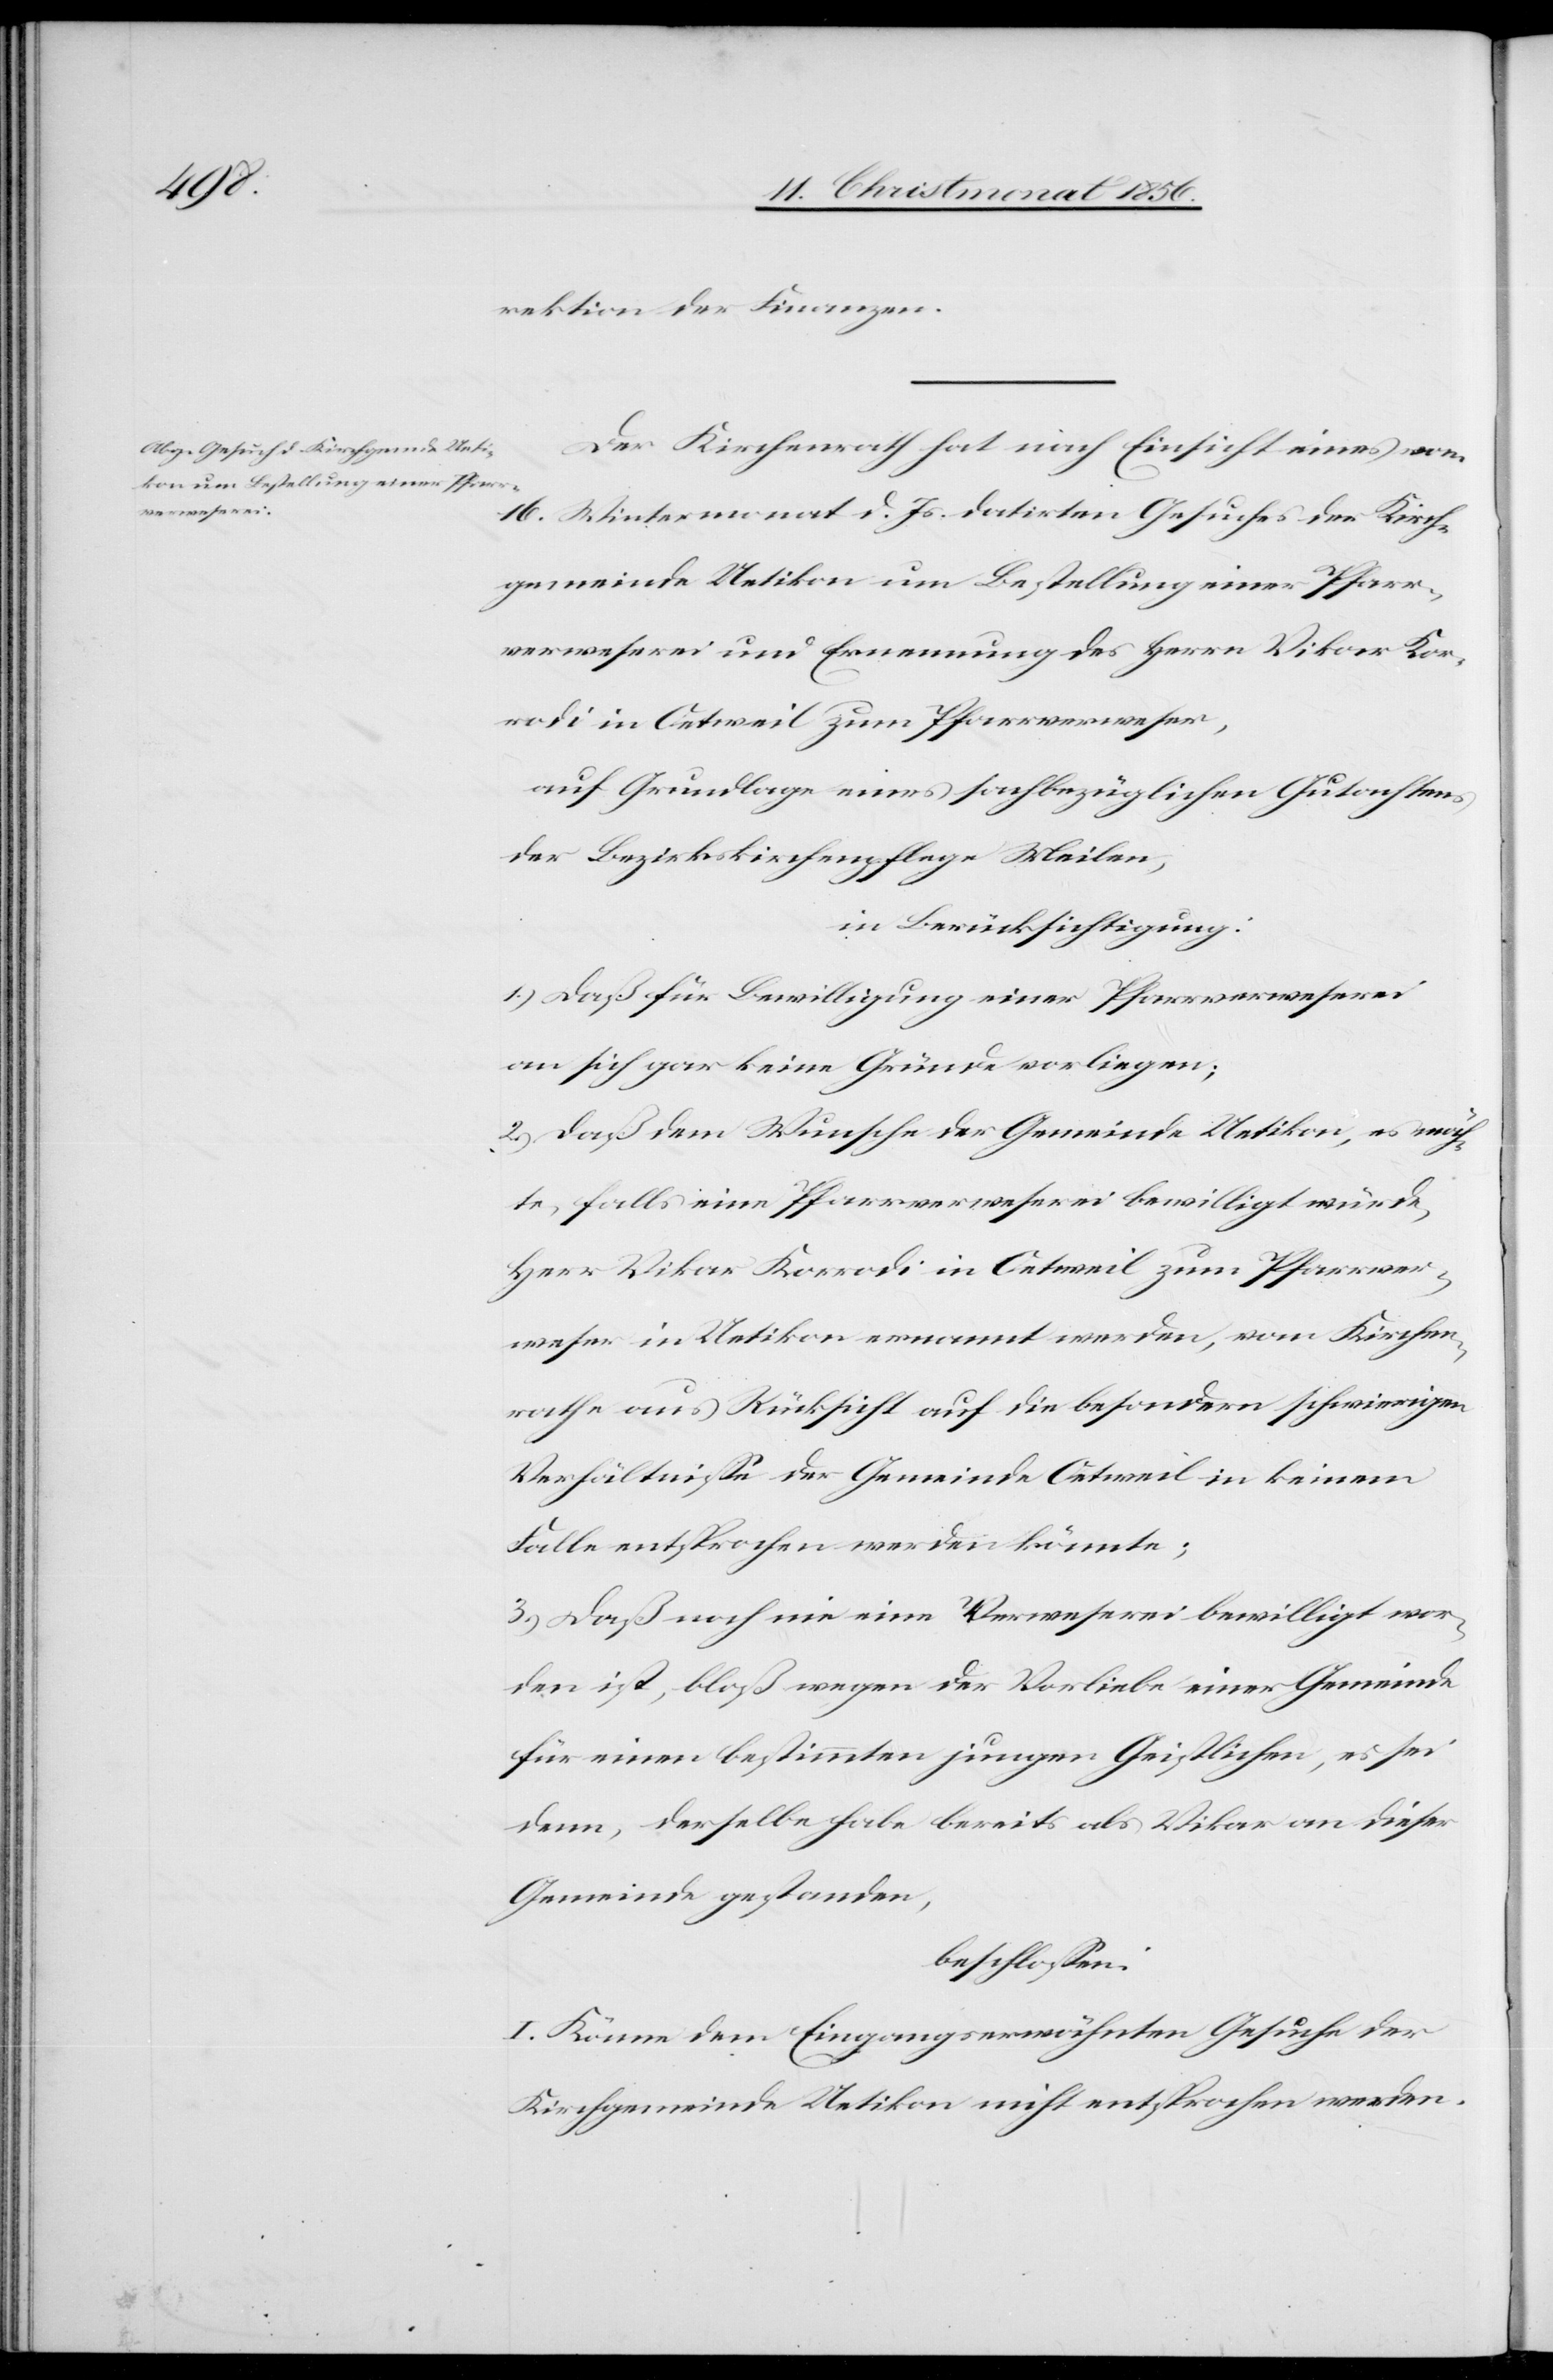
rektion der Finanzen.
Der Kirchenrath hat nach Einsicht eines vom
16. Wintermonat d. Js. datirten Gesuches der Kirch¬
gemeinde Uetikon um Bestellung einer Pfarr¬
verweserei und Ernennung des Herrn Vikar Kor¬
rodi in Oetweil zum Pfarrverweser,
auf Grundlage eines sachbezüglichen Gutachtens
der Bezirkskirchenpflege Meilen,
in Berücksichtigung:
1.) Daß für Bewilligung einer Pfarrverweserei
an sich gar keine Gründe vorliegen;
2.) Daß dem Wunsche der Gemeinde Uetikon, es möch¬
te, falls eine Pfarrverweserei bewilligt würde,
Herr Vikar Korrodi in Oetweil zum Pfarrver¬
weser in Uetikon ernannt werden, vom Kirchen¬
rathe aus Rücksicht auf die besondern schwierigen
Verhältnisse der Gemeinde Oetweil in keinem
Falle entsprochen werden könnte;
3.) Daß noch nie eine Verweserei bewilligt wor¬
den ist, bloß wegen der Vorliebe einer Gemeinde
für einen bestimmten jungen Geistlichen, es sei
denn derselben habe bereits als Vikar an dieser
Gemeinde gestanden,
beschlossen:
I. Könne dem Eingangserwähnten Gesuche der
Kirchgemeinde Uetikon nicht entsprochen werden.